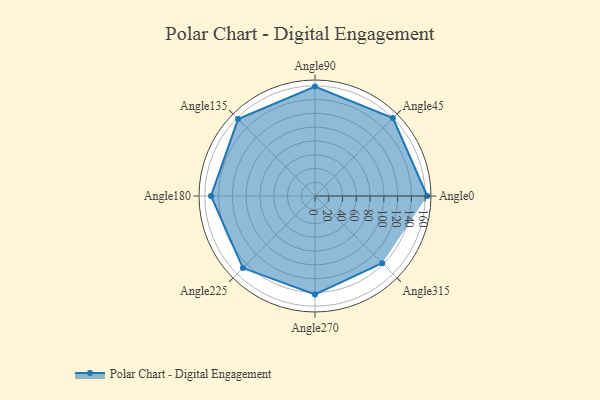
{"axis": {"x": "Angle", "y": "Radius"}, "legend": [""], "data": [{"x": "Angle0", "y": 163.0, "type": ""}, {"x": "Angle45", "y": 160.0, "type": ""}, {"x": "Angle90", "y": 159.0, "type": ""}, {"x": "Angle135", "y": 158.0, "type": ""}, {"x": "Angle180", "y": 151.0, "type": ""}, {"x": "Angle225", "y": 148.0, "type": ""}, {"x": "Angle270", "y": 143.0, "type": ""}, {"x": "Angle315", "y": 138.0, "type": ""}]}